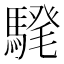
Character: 𩤗